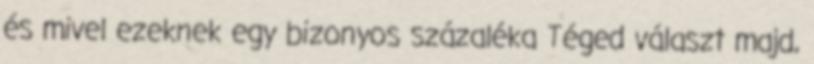
és mivel ezeknek egy bizonyos százaléka Téged választ majd,